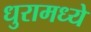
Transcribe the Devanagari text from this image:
धुरामध्ये